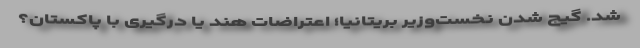
شد. گیج شدن نخست‌وزیر بریتانیا؛ اعتراضات هند یا درگیری با پاکستان؟